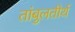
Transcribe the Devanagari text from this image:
तांबुलतीर्थ